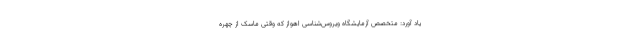
یاد آورد: متخصص آزمایشگاه ویروس‌شناسی اهواز که وقتی ماسک از چهره